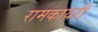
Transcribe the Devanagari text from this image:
रामकायरी